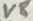
Text: V8